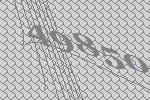
49850